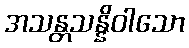
အသန္တသန္နိဝါသော